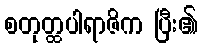
စတုတ္ထပါရာဇိက ပြီး၏